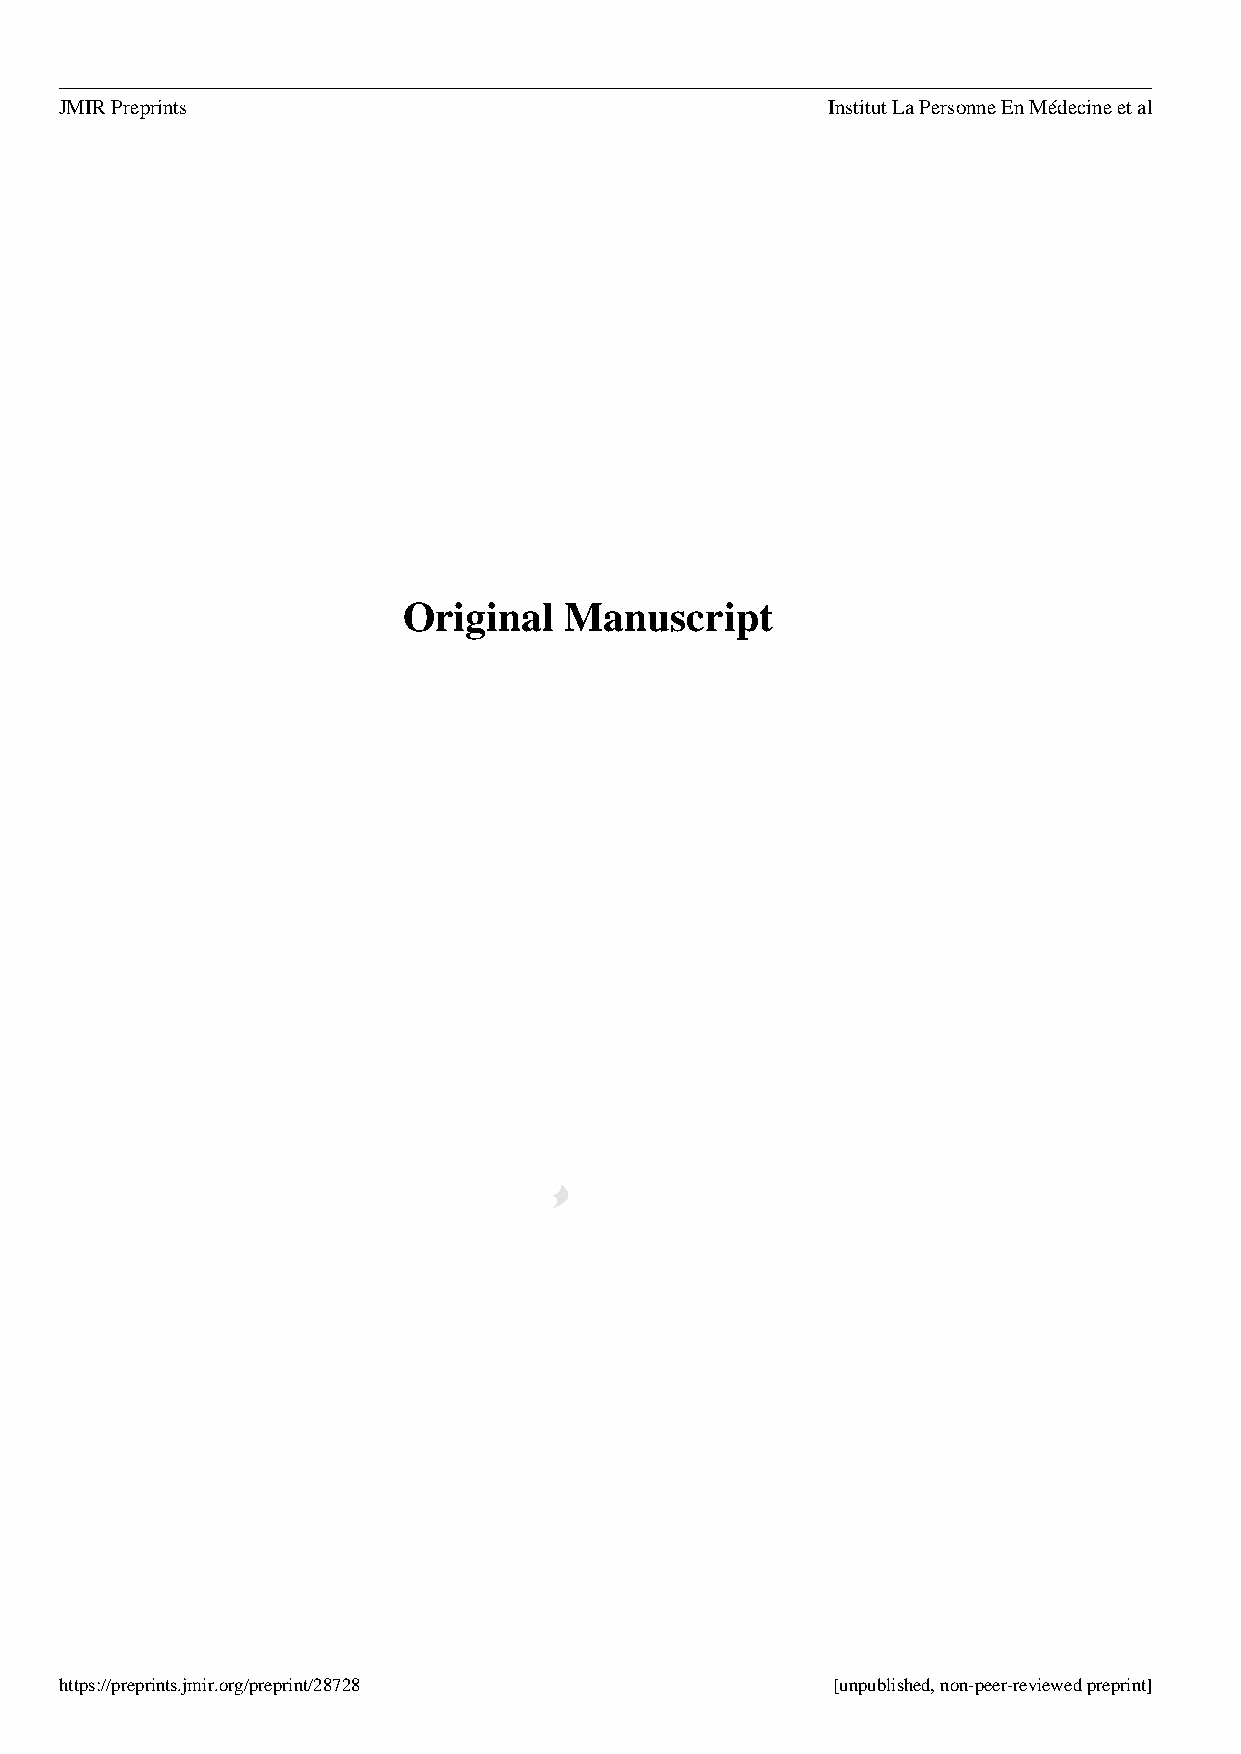
JMIR Preprints                                     Institut La Personne En Médecine et al
 Original  Manuscript
 https://preprints.jmir.org/preprint/28728          [unpublished, non-peer-reviewed preprint]